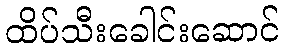
ထိပ်သီးခေါင်းဆောင်